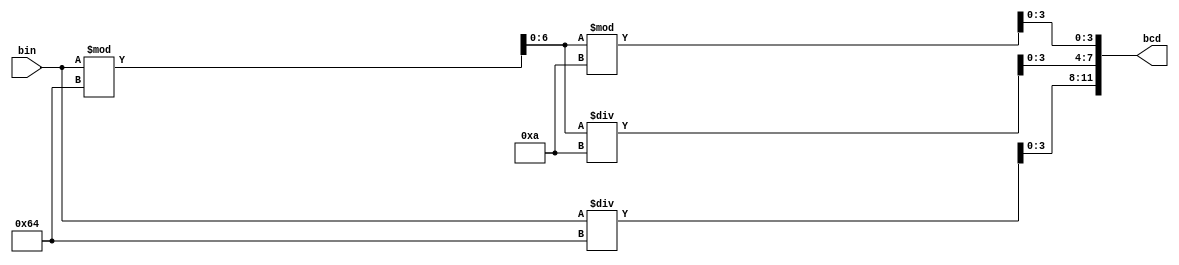
module bin2bcd(bin,bcd);
input [7:0]bin;
output reg [11:0]bcd;

reg [3:0] hundreds,tens,ones;
reg [6:0] temp;

always @(bin)
 begin
hundreds =bin/100;
temp = bin%100;
tens = temp/10;
ones = temp%10;
bcd ={hundreds,tens,ones};
end
endmodule